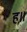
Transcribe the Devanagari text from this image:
ह॥